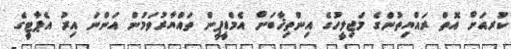
ކުރއަށް އޮތް ރައްޔިތުންގެ މަޖިލީހުގެ އިންތިޚާބަށް އެމްޑީޕީން ތައްޔާރުވަމުން އަންނަ އިރު އެޕާޓީގެ